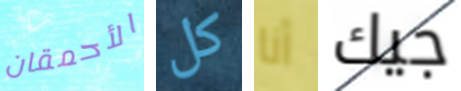
الأحمقان كل أنا جيك